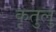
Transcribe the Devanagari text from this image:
कृतुलु